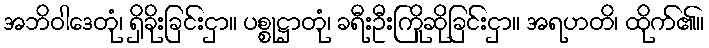
အဘိဝါဒေတုံ၊ ရှိခိုးခြင်းငှာ။ ပစ္စုဋ္ဌာတုံ၊ ခရီးဦးကြိုဆိုခြင်းငှာ။ အရဟတိ၊ ထိုက်၏။